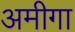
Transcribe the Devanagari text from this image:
अमीगा